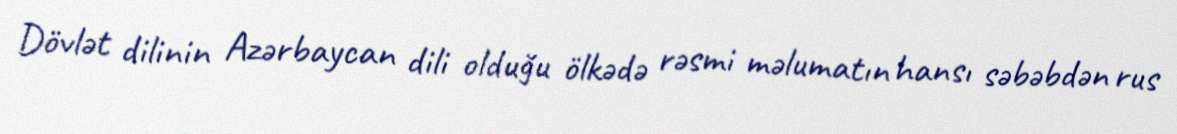
Dövlət dilinin Azərbaycan dili olduğu ölkədə rəsmi məlumatın hansı səbəbdən rus